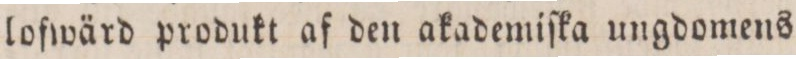
lofwärd produkt af den akademiſka ungdomens